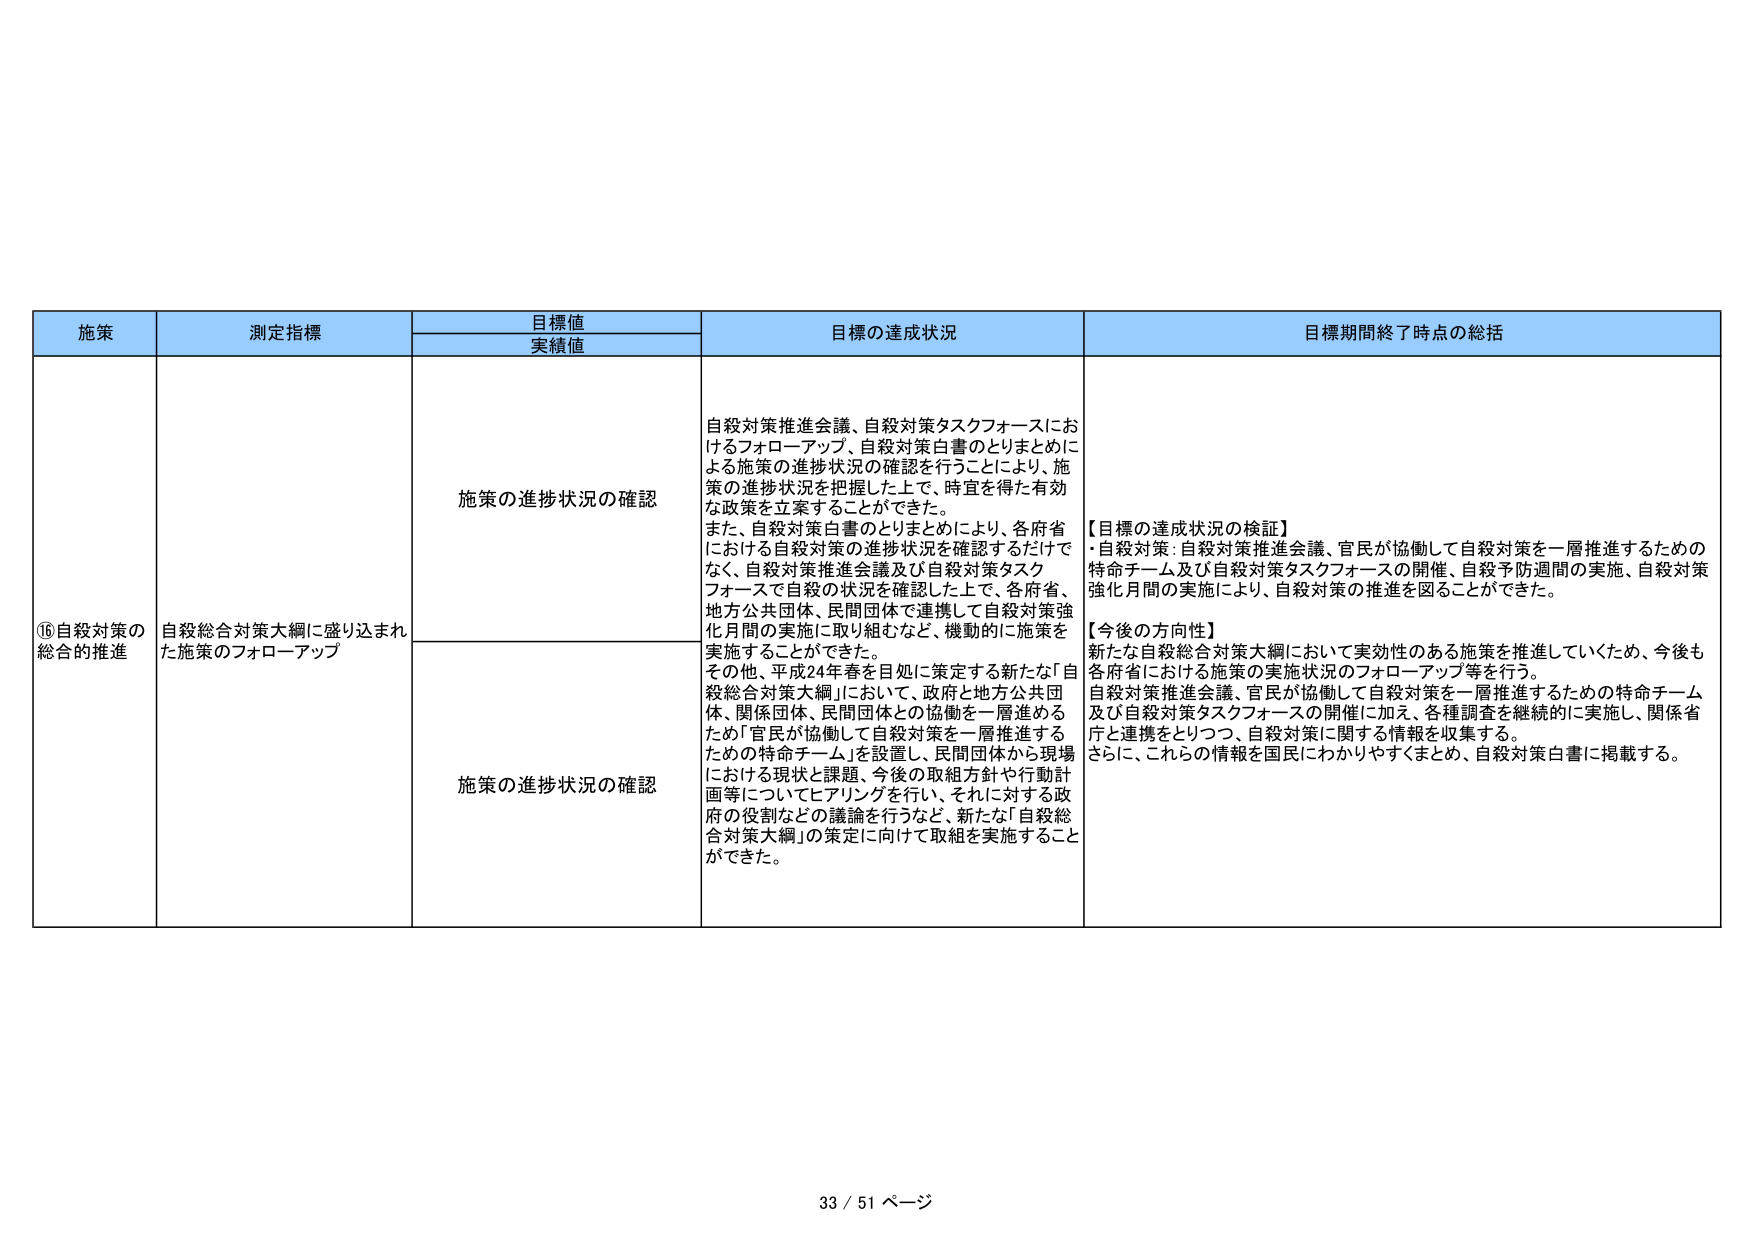
施策
測定指標
目標値
実績値
目標の達成状況
目標期間終了時点の総括
⑯自殺対策の
総合的推進
自殺総合対策大綱に盛り込まれ
た施策のフォローアップ
施策の進捗状況の確認
自殺対策推進会議、自殺対策タスクフォースにお
けるフォローアップ、自殺対策白書のとりまとめに
よる施策の進捗状況の確認を行うことにより、施
策の進捗状況を把握した上で、時宜を得た有効
な政策を立案することができた。
また、自殺対策白書のとりまとめにより、各府省
における自殺対策の進捗状況を確認するだけで
なく、自殺対策推進会議及び自殺対策タスク
フォースで自殺の状況を確認した上で、各府省、
地方公共団体、民間団体で連携して自殺対策強
化月間の実施に取り組むなど、機動的に施策を
実施することができた。
その他、平成24年春を目処に策定する新たな「自
殺総合対策大綱」において、政府と地方公共団
体、関係団体、民間団体との協働を一層進める
ため「官民が協働して自殺対策を一層推進する
ための特命チーム」を設置し、民間団体から現場
における現状と課題、今後の取組方針や行動計
画等についてヒアリングを行い、それに対する政
府の役割などの議論を行うなど、新たな「自殺総
合対策大綱」の策定に向けて取組を実施すること
ができた。
施策の進捗状況の確認
【目標の達成状況の検証】
・自殺対策：自殺対策推進会議、官民が協働して自殺対策を一層推進するための
特命チーム及び自殺対策タスクフォースの開催、自殺予防週間の実施、自殺対策
強化月間の実施により、自殺対策の推進を図ることができた。
【今後の方向性】
新たな自殺総合対策大綱において実効性のある施策を推進していくため、今後も
各府省における施策の実施状況のフォローアップ等を行う。
自殺対策推進会議、官民が協働して自殺対策を一層推進するための特命チーム
及び自殺対策タスクフォースの開催に加え、各種調査を継続的に実施し、関係省
庁と連携をとりつつ、自殺対策に関する情報を収集する。
さらに、これらの情報を国民にわかりやすくまとめ、自殺対策白書に掲載する。
33 / 51 ページ